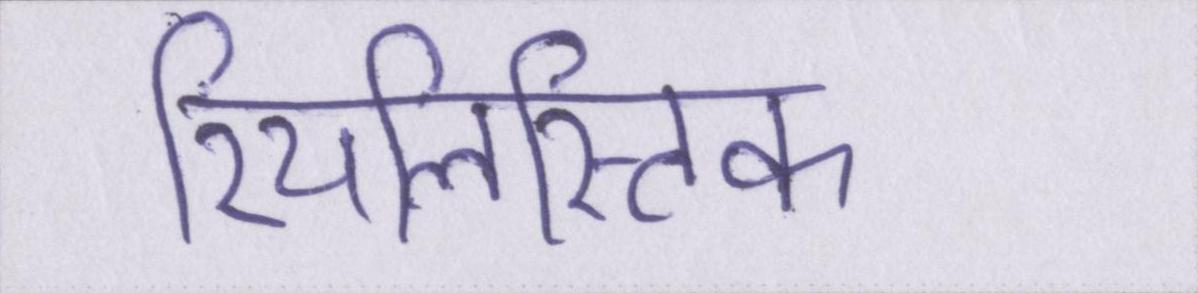
रियलिस्टिक